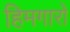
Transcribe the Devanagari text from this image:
हिमगारों